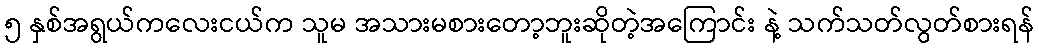
၅ နှစ်အရွယ်ကလေးငယ်က သူမ အသားမစားတော့ဘူးဆိုတဲ့အကြောင်း နဲ့ သက်သတ်လွတ်စားရန်